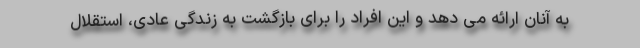
به آنان ارائه می دهد و این افراد را برای بازگشت به زندگی عادی، استقلال